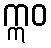
ဣဝ